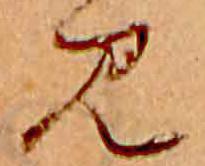
み